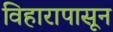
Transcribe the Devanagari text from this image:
विहारापासून